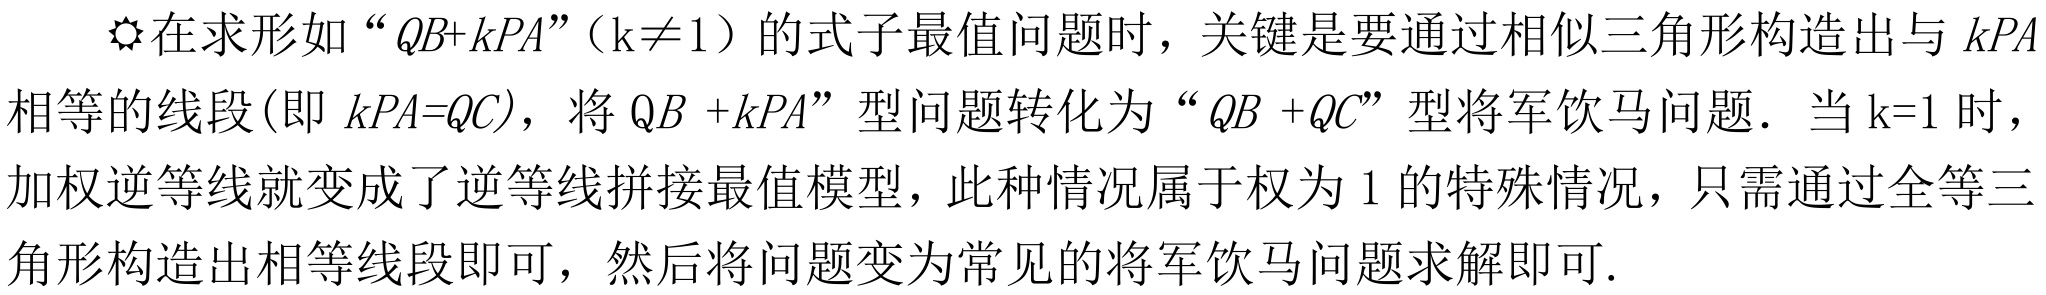
在求形如 “\(QB + kPA\)”（\(k\neq1\)）的式子最值问题时，关键是要通过相似三角形构造出与 \(kPA\)
相等的线段(即 \(kPA = QC\))，将 \(QB + kPA\)” 型问题转化为 “\(QB + QC\)” 型将军饮马问题．当 \(k = 1\) 时，
加权逆等线就变成了逆等线拼接最值模型，此种情况属于权为 \(1\) 的特殊情况，只需通过全等三
角形构造出相等线段即可，然后将问题变为常见的将军饮马问题求解即可.